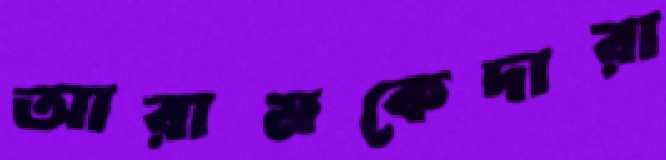
আরামকেদারা